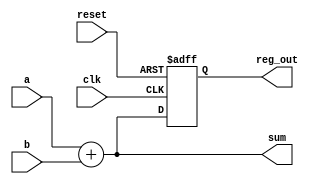
module combinational_sequential_example (
    input wire clk,          // Clock input
    input wire reset,        // Asynchronous reset
    input wire [3:0] a,      // 4-bit input
    input wire [3:0] b,      // 4-bit input
    output reg [3:0] sum,    // 4-bit output for sum
    output reg [3:0] reg_out  // 4-bit output for register
);

// Combinational Logic: Sum of two inputs
always @* begin
    sum = a + b; // Continuous assignment for sum
end

// Sequential Logic: Register to hold the value of sum
always @(posedge clk or posedge reset) begin
    if (reset) begin
        reg_out <= 4'b0000; // Asynchronous reset
    end else begin
        reg_out <= sum; // Capture the sum on clock edge
    end
end

endmodule